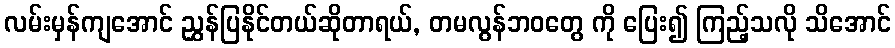
လမ်းမှန်ကျအောင် ညွှန်ပြနိုင်တယ်ဆိုတာရယ်, တမလွန်ဘဝတွေ ကို ပြေး၍ ကြည့်သလို သိအောင်